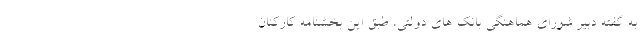
به گفته دبیر شورای هماهنگی بانک های دولتی، طبق این بخشنامه کارکنان